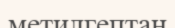
метилгептан